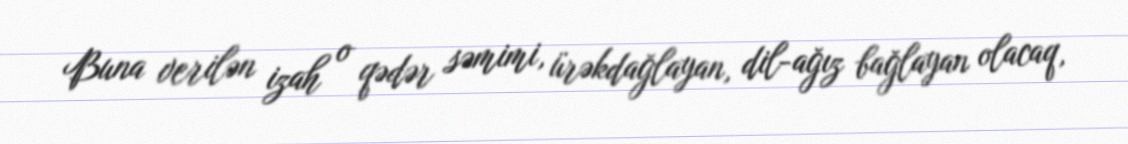
Buna verilən izah o qədər səmimi, ürəkdağlayan, dil-ağız bağlayan olacaq,